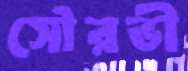
সৌরভী